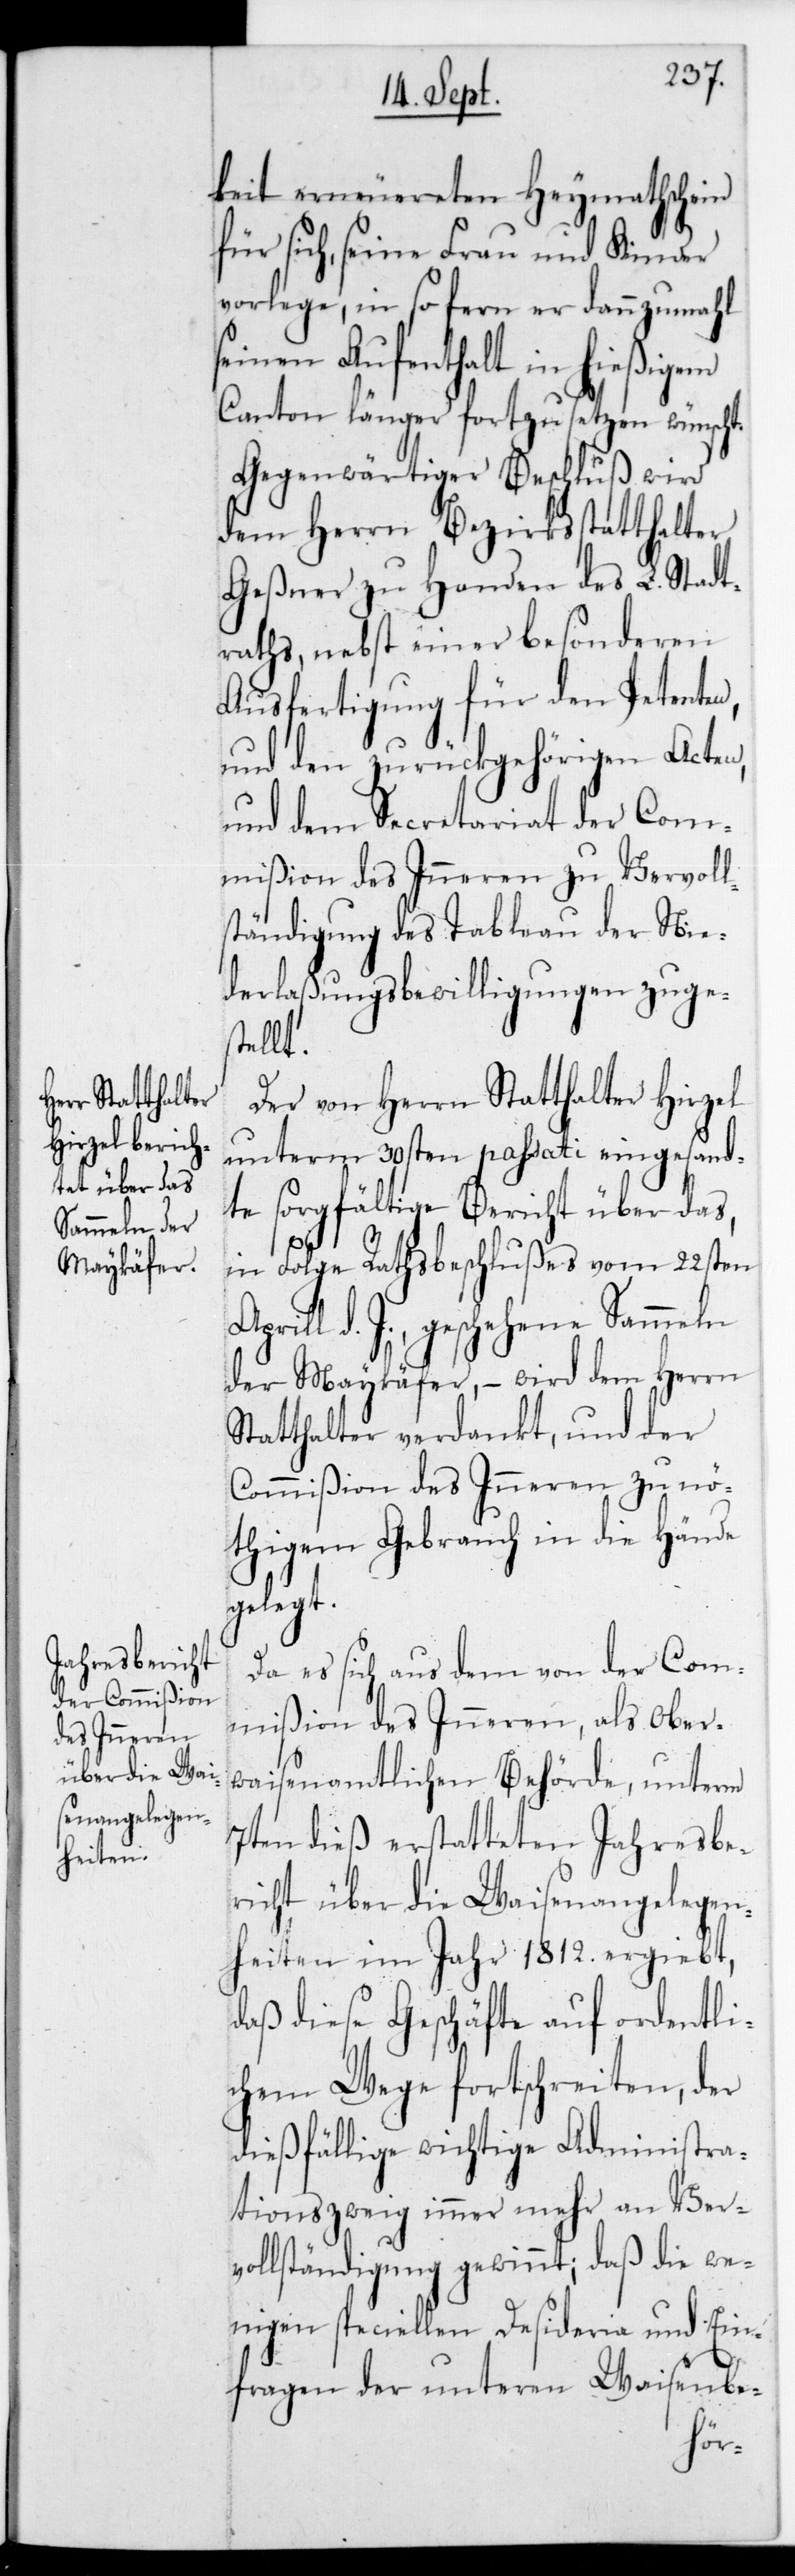
keit erneuereten Heymathschein
für sich, seine Frau und Kinder
vorlege, in so fern er dannzumahl
seinen Aufenthalt in hießigem
Canton länger fortzusetzen wünscht.
Gegenwärtiger Beschluß wird
dem Herrn Bezirksstatthalter
Geßner zu Handen des L. Stadt¬
raths, nebst einer besonderen
Ausfertigung für den Petenten,
und den zurückgehörigen Acten,
und dem Secretariat der Com¬
mißion des Inneren zu Vervoll¬
ständigung des Tableau der Nie¬
derlaßungs-Bewilligungen zuges¬
tellt.
Der von Herrn Statthalter Hirzel
unterm 30sten passati eingesand¬
te sorgfältige Bericht über das,
in Folge Rathsbeschlußes vom 22sten
d. J. geschehene Sammeln
der Maykäfer, – wird dem Herrn
Statthalter verdankt, und der
Commißion des Inneren zu nö¬
thigem Gebrauch in die Hände
gelegt.
Da es sich aus dem von der Com¬
mißion des Inneren, als ober¬
waisenamtlichen Behörde, unterm
7ten dieß erstatteten Jahresbe¬
richt über die Waisenangelegen¬
heiten im Jahr 1812 ergiebt,
daß diese Geschäfte auf ordentli¬
chem Wege fortschreiten, der
dießfällige wichtige Administra¬
tionszweig immer mehr an Ver¬
vollständigung gewinnt; daß die we¬
nigen speciellen Desideria und Ein¬
fragen der unteren Waisenbe-